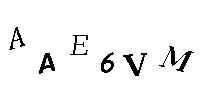
AAE6VM